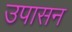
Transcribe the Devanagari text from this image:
उपासन